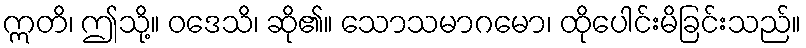
ဣတိ၊ ဤသို့။ ဝဒေသိ၊ ဆို၏။ သောသမာဂမော၊ ထိုပေါင်းမိခြင်းသည်။